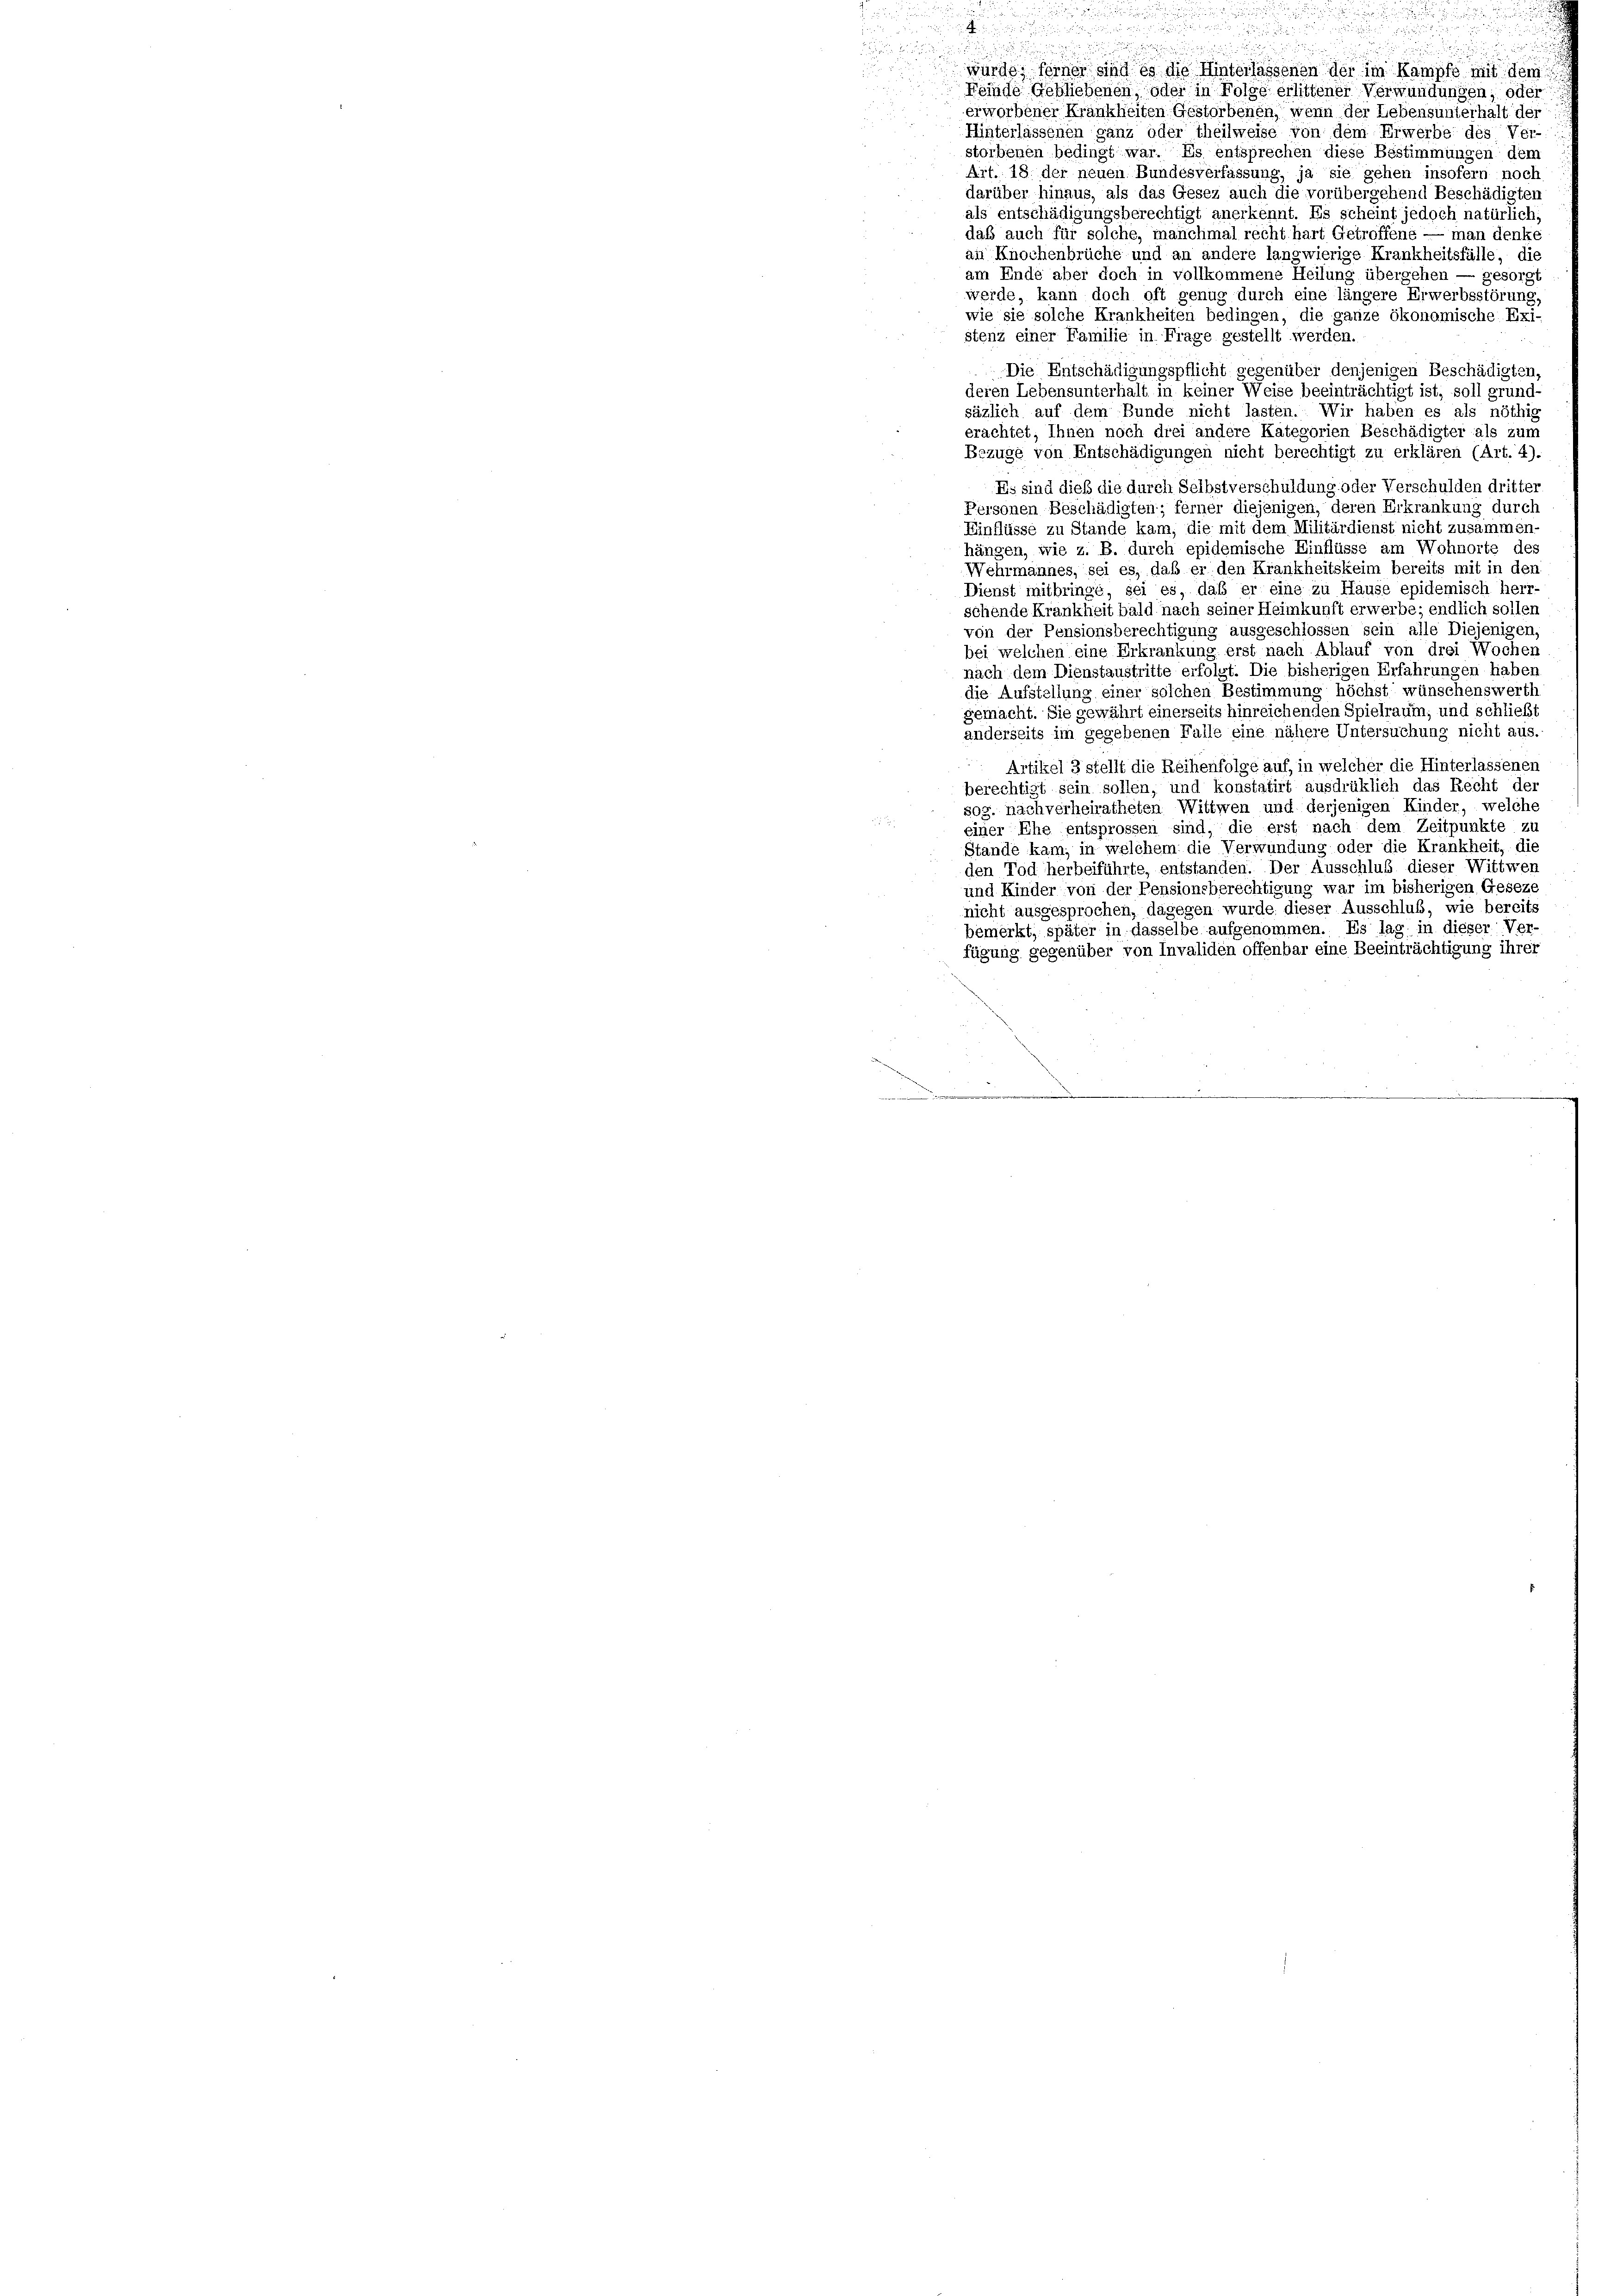
u

wurde, ferner sind es die Hinterlassenen der im Kampfe mit dem

u

Keinde Gebliebenen, oder in Folge erlittener Verwundungen; oder
erworbener Krankheiten Gestorbenen, wenn der Lebensunterhalt der
Hinterlassenen ganz oder Theilweise von dem Erwerbe des Ver-
storbenen bedingt war. Es entsprechen diese Bestimmungen dem
Art. 18 der neuen Bundesverfassung, ja sie gehen insofern noch
darüber hinaus, als das Gesez auch die vorübergehend Beschädigten
als entschädigungsberechtigt anerkennt. Es scheint jedoch natürlich,
daß auch für solche, manchmal recht hart Getroffene — man denke
an Knochenbrüche und an andere langwierige Krankheitsfälle, die
am Ende aber doch in vollkommene Heilung übergehen — gesorgt
werde, kann doch oft genug durch eine längere Erwerbsstörung,
wie sie solche Krankheiten bedingen, die ganze ökonomische Exi-
stenz einer Familie in Frage gestellt werden.
Die Entschädigungspflicht gegenüber denjenigen Beschädigten,
deren Lebensunterhalt in keiner Weise beeinträchtigt ist, soll grund-
säzlich auf dem Bunde nicht lasten. Wir haben es als nöthig
erachtet, Ihnen noch drei andere Kategorien Beschädigter als zum
Bezüge von Entschädigungen nicht berechtigt zu erklären (Art. 4).
Es sind dieß die durch Selbstverschuldung oder Verschulden dritter
Personen Beschädigten; ferner diejenigen, deren Erkrankung durch
Einflüsse zu Stände kam, die mit dem Militärdienst nicht zusammen-
hängen, wie z. B. durch epidemische Einflüsse am Wohnorte des
Wehrmannes, sei es, daß er den Krankheitskeim bereits mit in den
Dienst mitbringe, sei es, daß er eine zu Hause epidemisch herr-
schende Krankheit bald nach seiner Heimkunft erwerbe; endlich sollen
von der Pensionsberechtigung ausgeschlossen sein alle Diejenigen,
bei welchen eine Erkrankung erst nach Ablauf von drei Wocher
nach dem Dienstaustritte erfolgt. Die bisherigen Erfahrungen haben
die Aufstellung einer solchen Bestimmung höchst wünschenswertl,
gemacht. Sie gewährt einerseits hinreichenden Spielraum, und schließt
anderseits im gegebenen Falle eine nähere Untersuchung nicht aus
Artikel 3 stellt die Reihenfolge auf, in welcher die Hinterlassenen
berechtigt sein sollen, und konstatirt ausdrüklich das Recht der
sog. nachverheiratheten Wittwen und derjenigen Kinder, welche
einer Ehe entsprossen sind, die erst nach dem Zeitpunkte zu
Stande kam, in welchem die Verwundung oder die Krankheit, die
den Tod herbeiführte, entstanden. Der Ausschluß dieser Wittwen
und Kinder von der Pensionsberechtigung war im bisherigen Geseze
nicht ausgesprochen, dagegen wurde dieser Ausschluß, wie bereit
bemerkt, später in dasselbe aufgenommen. Es lag, in dieser Ver-
fügung gegenüber von Invaliden offenbar eine Beeinträchtigung ihre
.